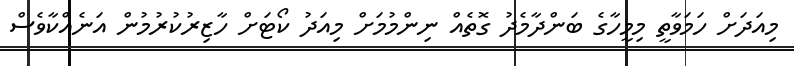
މިއަދަށް ހަމަވާތީ މިމީހާގެ ބަންދާމެދު ގޮތެއް ނިންމުމަށް މިއަދު ކޯޓަށް ހާޒިރުކުރުމުން އަނެއްކާވެސް